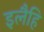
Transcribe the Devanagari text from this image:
इलैहि